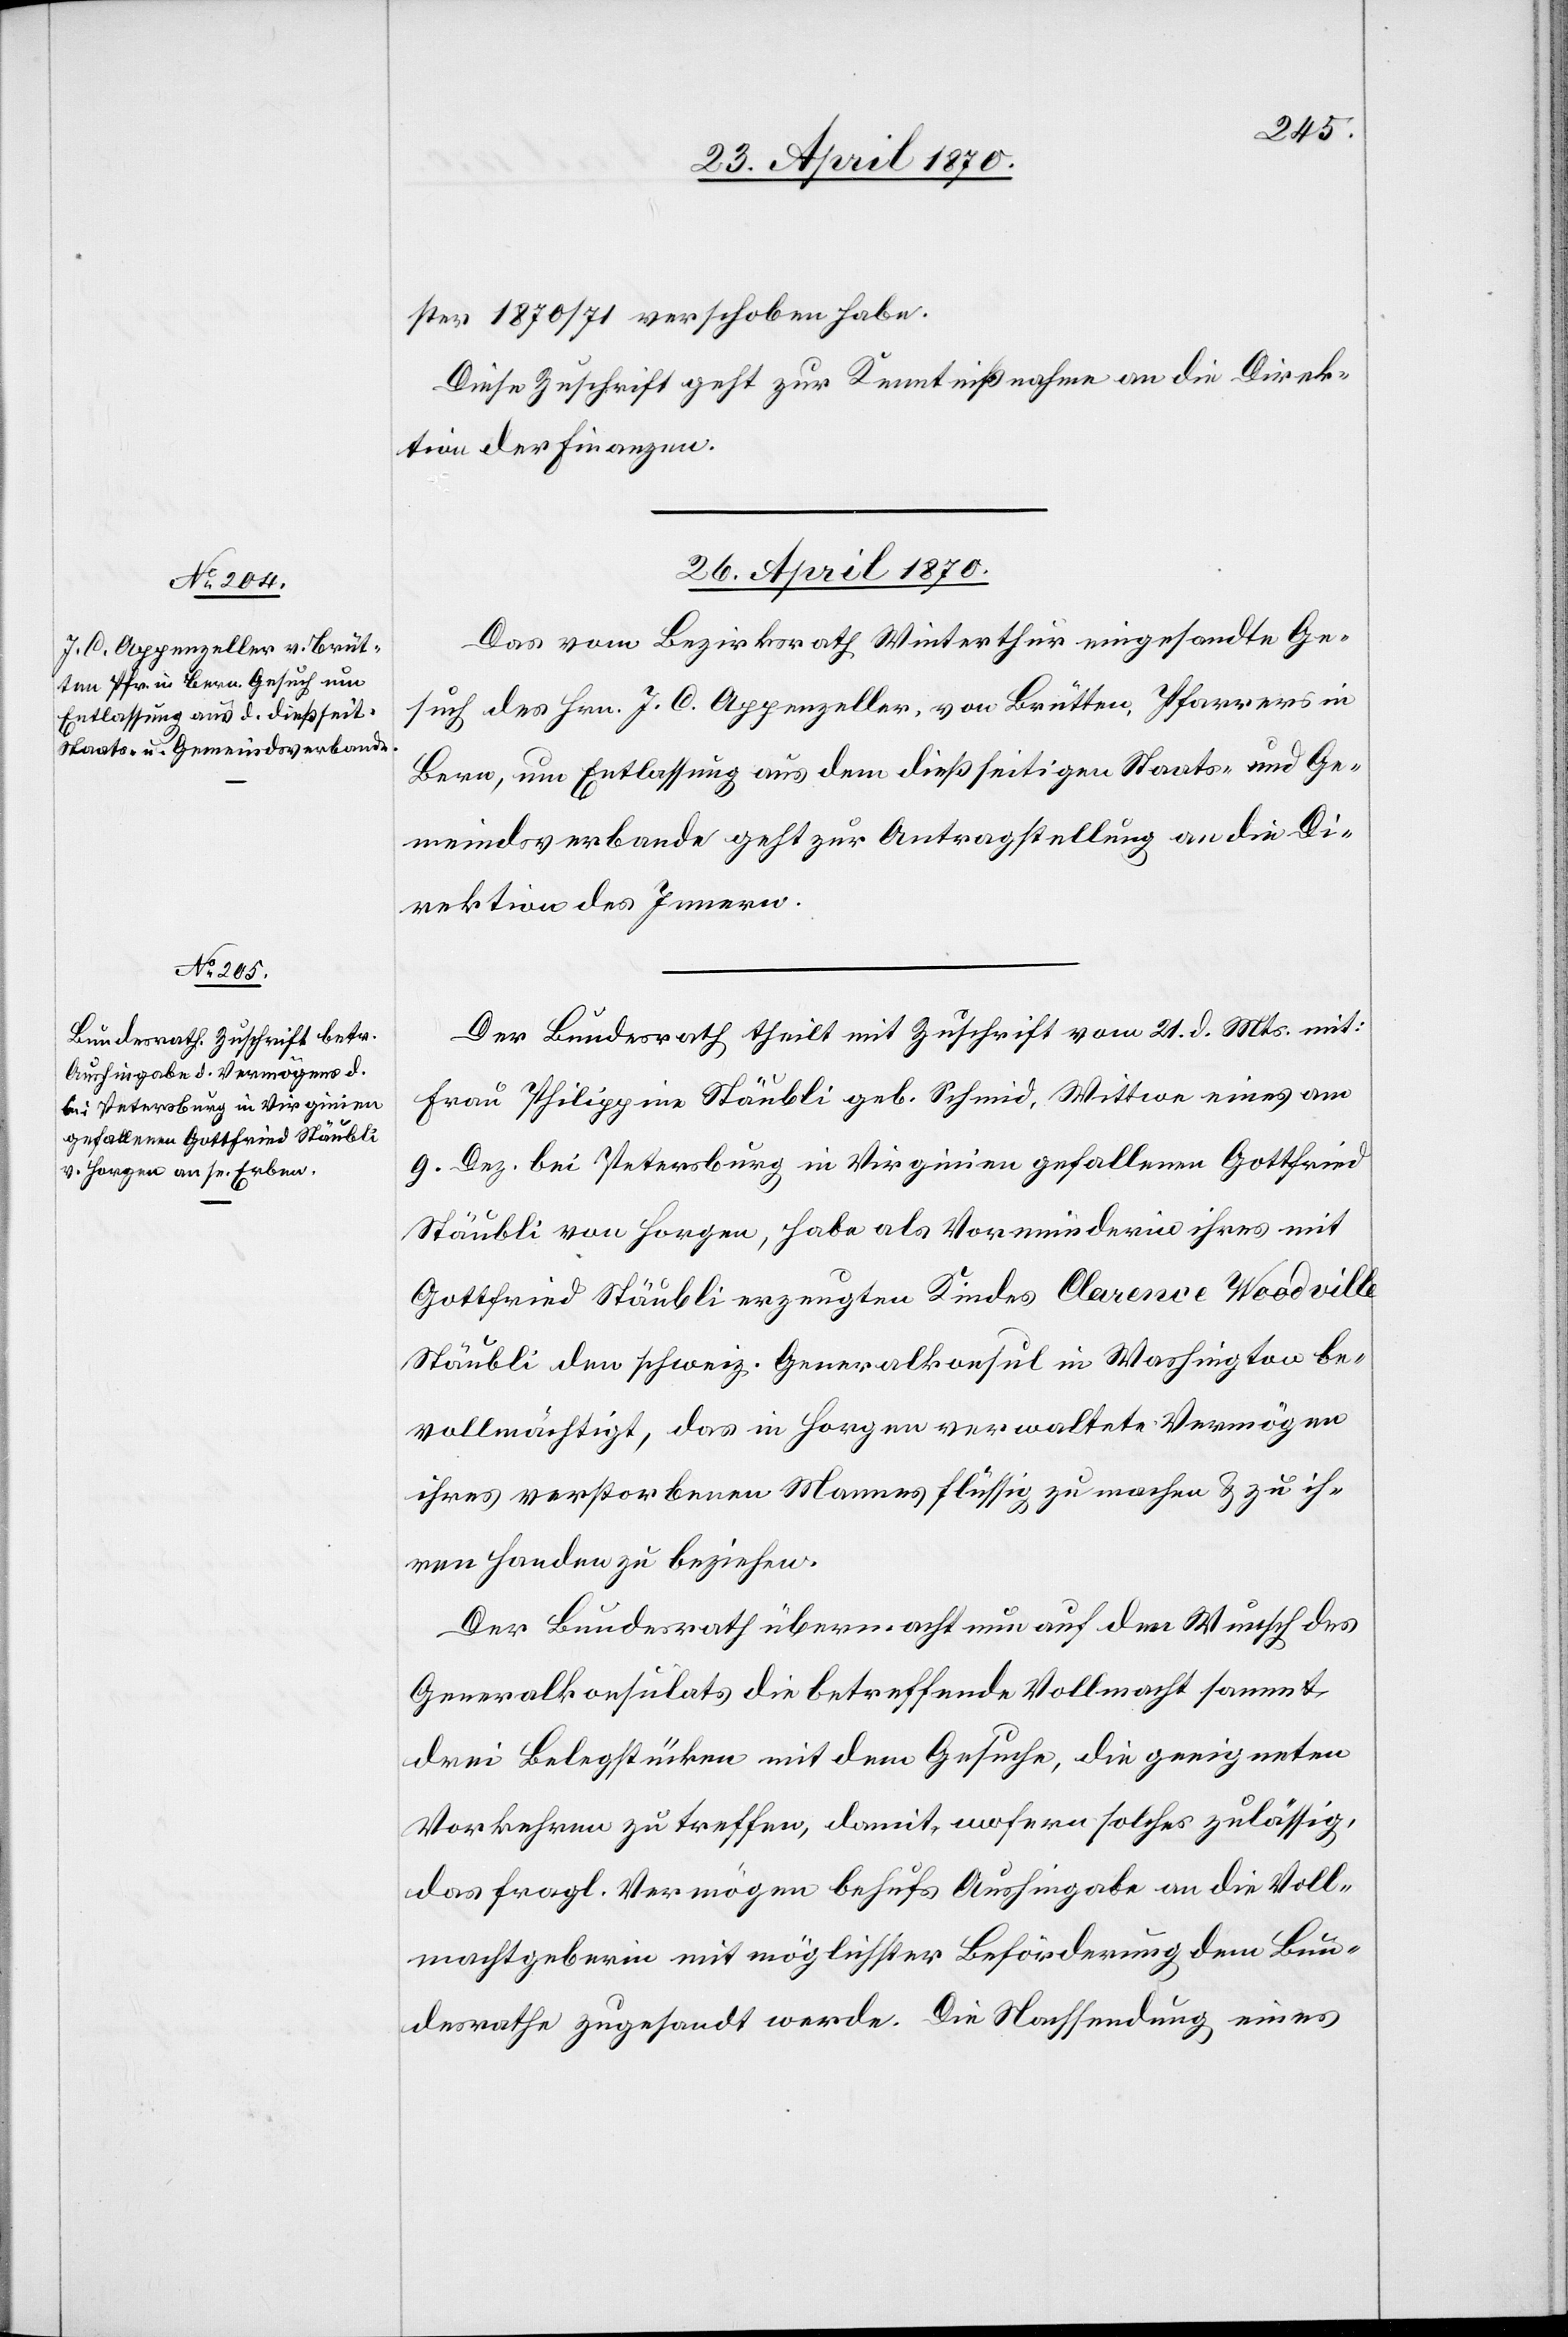
ster 1870/71 verschoben habe.
Diese Zuschrift geht zur Kenntnißnahme an die Direk¬
tion der Finanzen.
26. April 1870.]
Das vom Bezirksrath Winterthur eingesandte Ge¬
such des Hrn. J. C. Appenzeller, von Brütten, Pfarrer in
Bern, um Entlassung aus dem dießseitigen Staats- und Ge¬
meindsverbande geht zur Antragstellung an die Di¬
rektion des Innern.
Der Bundesrath theilt mit Zuschrift vom 21. d. Mts. mit:
Frau Philippina Stäubli geb. Schmid, Wittwe eines am
9. Dez. bei Petersburg in Virginien gefallenen Gottfried
Stäubli von Horgen, habe als Vormünderin ihres mit
Gottfried Stäubli erzeugten Kindes Clarence Woodville
Stäubli den schweiz. Generalkonsul in Washington be¬
vollmächtigt, das in Horgen verwaltete Vermögen
ihres verstorbenen Mannes flüssig zu machen & zu ih¬
ren Handen zu beziehen.
Der Bundesrath übermacht nun auf den Wunsch des
Generalkonsulats die betreffende Vollmacht sammt
drei Belegstücken mit dem Gesuche, die geeigneten
Vorkehren zu treffen, damit, wofern solches zulässig,
das fragl. Vermögen behufs Aushingabe an die Voll¬
machtgeberin mit möglichster Beförderung dem Bun¬
desrathe zugesandt werde. Die Nachsendung eines